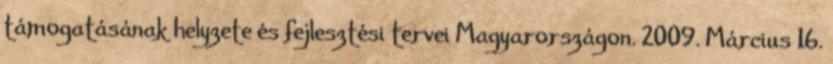
támogatásának helyzete és fejlesztési tervei Magyarországon. 2009. Március 16.